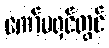
ကော်မရှင်တွင်